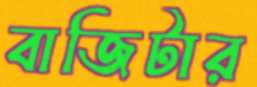
বাজিটার